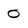
Character: O